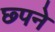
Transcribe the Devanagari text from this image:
छ्पने